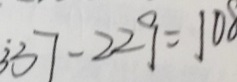
\dot { 3 } 3 7 - 2 2 9 = 1 0 8